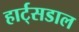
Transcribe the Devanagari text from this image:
हार्ट्‌सडाल